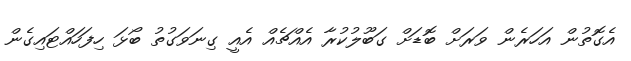
އެގޮތުން އަހަރެން ވަރަށް ބޮޑަށް ގަބޫލުކުރާ އެއްޗެއް އެއީ ގިނަވަގުތު ބޯޅަ ހިފަހައްޓައިގެން